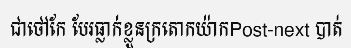
ជាថៅកែ បែរធ្លាក់ខ្លួនក្រតោកយ៉ាកPost-next បាត់